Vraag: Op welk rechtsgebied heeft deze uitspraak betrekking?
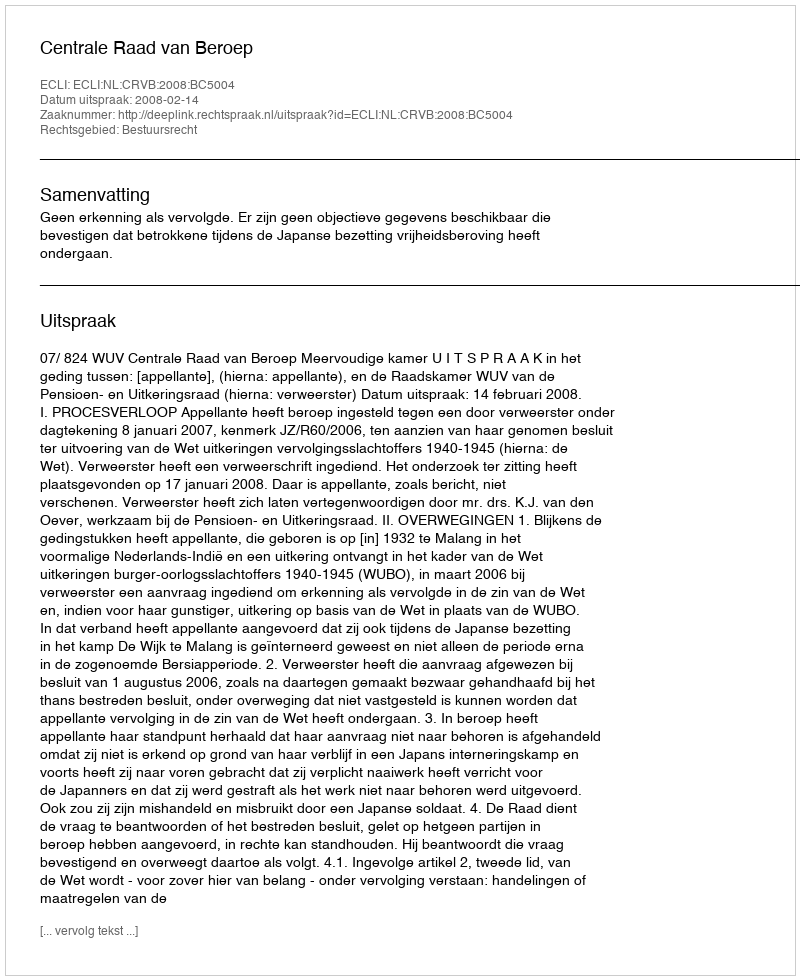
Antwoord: Bestuursrecht